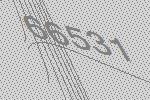
66531